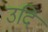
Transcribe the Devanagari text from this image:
उदि